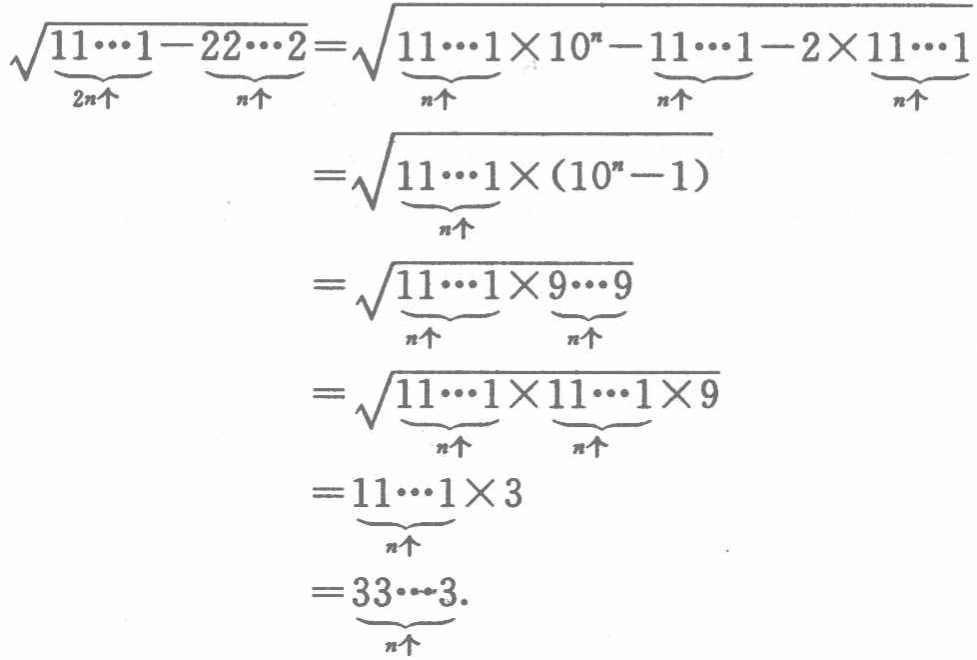
\[\begin{align*}
\sqrt{\underbrace{11\cdots1}_{2n个}-\underbrace{22\cdots2}_{n个}}&=\sqrt{\underbrace{11\cdots1}_{n个}\times10^{n}-\underbrace{11\cdots1}_{n个}-2\times\underbrace{11\cdots1}_{n个}}\\
&=\sqrt{\underbrace{11\cdots1}_{n个}\times(10^{n}-1)}\\
&=\sqrt{\underbrace{11\cdots1}_{n个}\times\underbrace{9\cdots9}_{n个}}\\
&=\sqrt{\underbrace{11\cdots1}_{n个}\times\underbrace{11\cdots1}_{n个}\times9}\\
&=\underbrace{11\cdots1}_{n个}\times3\\
&=\underbrace{33\cdots3}_{n个}.
\end{align*}\]